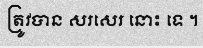
ត្រូវបាន សរសេរ នោះ ទេ ។